Problem: 50 + 36 = ?
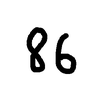
Handwritten answer: 86